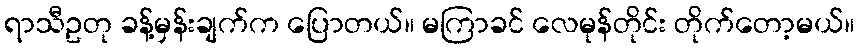
ရာသီဥတု ခန့်မှန်းချက်က ပြောတယ်။ မကြာခင် လေမုန်တိုင်း တိုက်တော့မယ်။